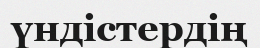
үндістердің